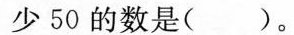
少50的数是()。